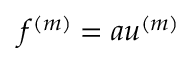
f ^ { ( m ) } = a u ^ { ( m ) }